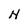
Character: N